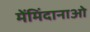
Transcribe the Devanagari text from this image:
मेंमिंदानाओ